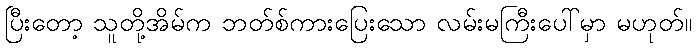
ပြီးတော့ သူတို့အိမ်က ဘတ်စ်ကားပြေးသော လမ်းမကြီးပေါ်မှာ မဟုတ်။